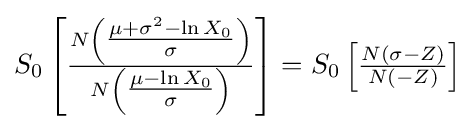
S_{0}\left[{\tfrac {N\left({\tfrac {\mu +\sigma ^{2}-\ln X_{0}}{\sigma }}\right)}{N\left({\tfrac {\mu -\ln X_{0}}{\sigma }}\right)}}\right]=S_{0}\left[{\tfrac {N\left(\sigma -Z\right)}{N\left(-Z\right)}}\right]